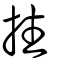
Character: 拄